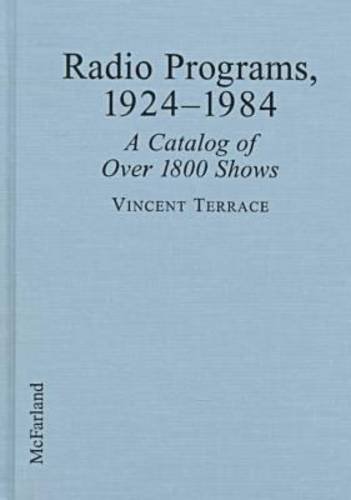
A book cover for Radio Programs, 1924-1984: A Catalog of Over 1800 Shows; Vincent Terrace; Humor & Entertainment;